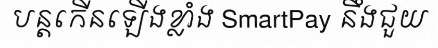
បន្តកើនឡើងខ្លាំង SmartPay នឹងជួយ